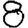
Digit: 8